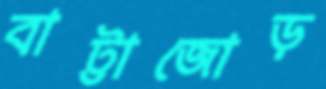
বাট্টাজোড়